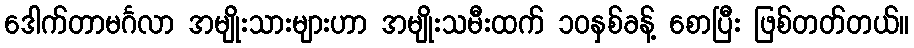
ဒေါက်တာမင်္ဂလာ အမျိုးသားများဟာ အမျိုးသမီးထက် ၁၀နှစ်ခန့် စောပြီး ဖြစ်တတ်တယ်။